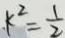
k ^ { 2 } = \frac { 1 } { 2 }